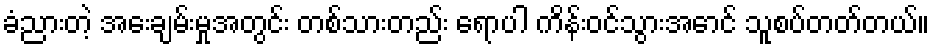
ခံညားတဲ့ အေးချမ်းမှုအတွင်း တစ်သားတည်း ရောပါ ကိန်းဝင်သွားအောင် သူစပ်တတ်တယ်။